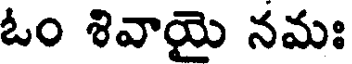
ఓం శివాయై నమః